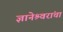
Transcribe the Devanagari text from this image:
ज्ञानेश्र्वरांचा